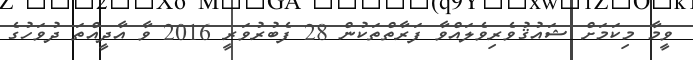
ވީމާ މިކަމަށް ޝައުޤުވެރިވެލައްވާ ފަރާތްތަކުން 28 ފެބުރުވަރީ 2016 ވާ އާދީއްތަ ދުވަހުގެ